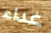
غداء